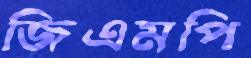
জিএমপি